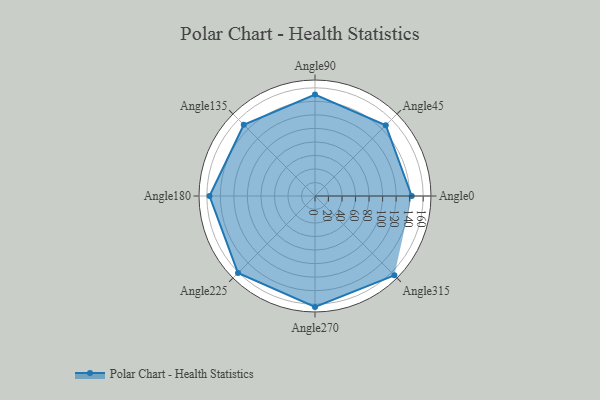
{"axis": {"x": "Angle", "y": "Radius"}, "legend": [""], "data": [{"x": "Angle0", "y": 143.0, "type": ""}, {"x": "Angle45", "y": 148.0, "type": ""}, {"x": "Angle90", "y": 150.0, "type": ""}, {"x": "Angle135", "y": 149.0, "type": ""}, {"x": "Angle180", "y": 156.0, "type": ""}, {"x": "Angle225", "y": 161.0, "type": ""}, {"x": "Angle270", "y": 164.0, "type": ""}, {"x": "Angle315", "y": 166.0, "type": ""}]}